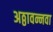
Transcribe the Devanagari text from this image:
अठ्ठावन्नवा